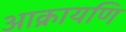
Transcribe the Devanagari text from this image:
आक्रायणि